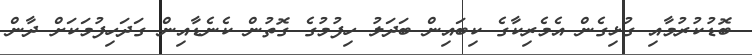
ބޮޑުކުރުމާއި ގުޅިގެން އެމެރިކާގެ ކިބައިން ބަދަލު ހިފުމުގެ ގޮތުން ކެނެޑާއިން ގަދަހިފުމަކަށް ދާން